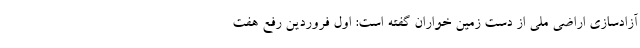
آزادسازی اراضی ملی از دست زمین خواران گفته است: اول فروردین رفع هفت